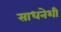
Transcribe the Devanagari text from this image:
साधनेशी